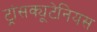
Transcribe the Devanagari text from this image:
ट्रांसक्यूटेनियस